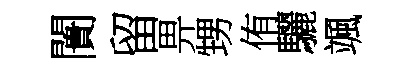
闠留畀甥侑驪颯